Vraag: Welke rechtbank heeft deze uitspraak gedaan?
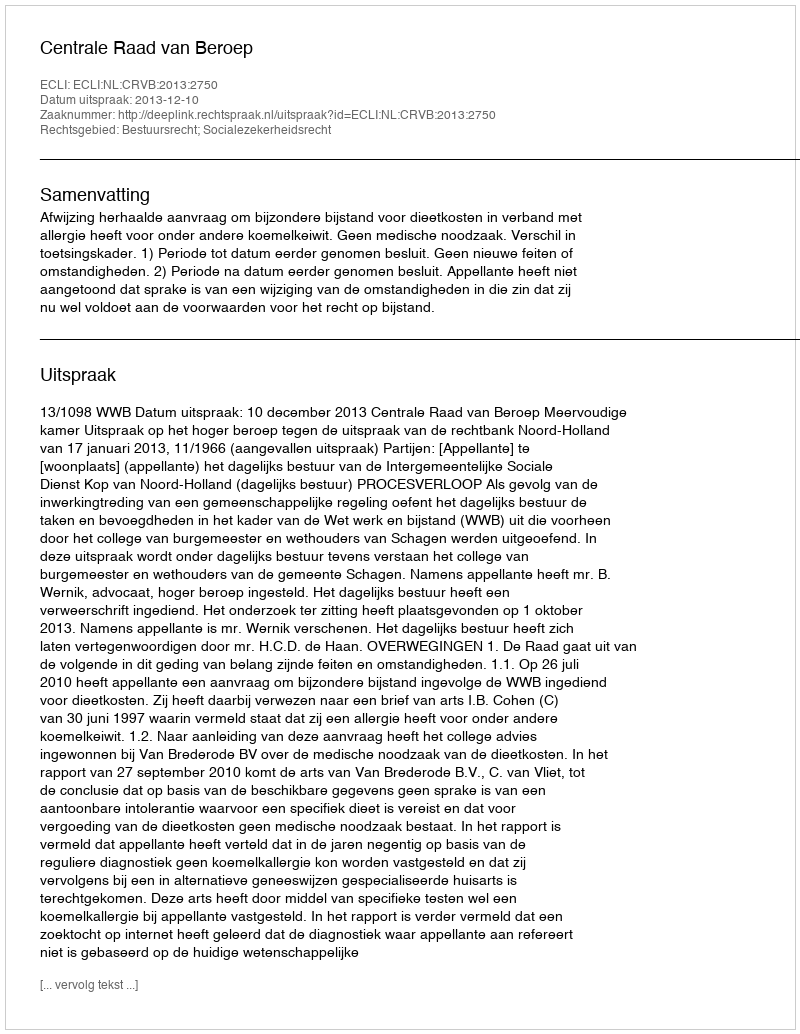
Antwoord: Centrale Raad van Beroep